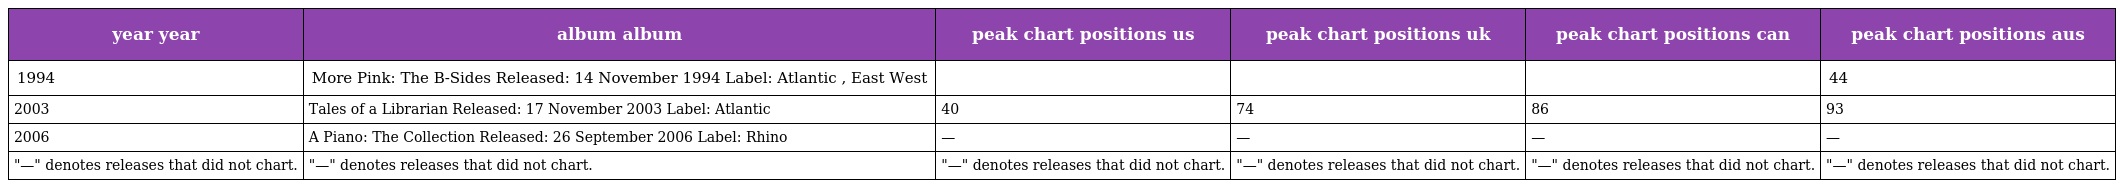
| year year | album album | peak chart positions us | peak chart positions uk | peak chart positions can | peak chart positions aus |
 | --- | --- | --- | --- | --- | --- |
 | 1994 | More Pink: The B-Sides Released: 14 November 1994 Label: Atlantic , East West |  |  |  | 44 |
 | 2003 | Tales of a Librarian Released: 17 November 2003 Label: Atlantic | 40 | 74 | 86 | 93 |
 | 2006 | A Piano: The Collection Released: 26 September 2006 Label: Rhino | — | — | — | — |
 | "—" denotes releases that did not chart. | "—" denotes releases that did not chart. | "—" denotes releases that did not chart. | "—" denotes releases that did not chart. | "—" denotes releases that did not chart. | "—" denotes releases that did not chart. |